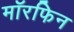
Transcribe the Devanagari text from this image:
मॉरफिन